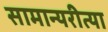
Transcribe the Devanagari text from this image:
सामान्यरीत्या